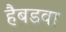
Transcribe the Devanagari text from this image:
हैबडवा